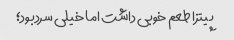
پیتزا طعم خوبی داشت اما خیلی سردبود؛